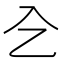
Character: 㐈